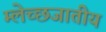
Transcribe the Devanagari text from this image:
म्लेच्छजातीय